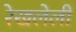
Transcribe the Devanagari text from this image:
रेखलेली